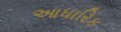
આધારિક